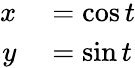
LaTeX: \begin{array}{rl}{x}&{{}=\cos t}\\ {y}&{{}=\sin t}\end{array}